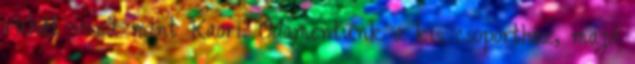
ruhát viselt mint Kaori. Odamentünk a kis csoporthoz, majd